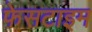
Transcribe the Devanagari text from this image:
फेसटाइम